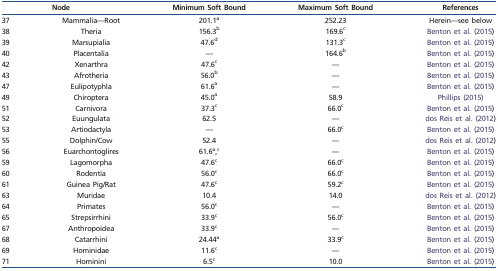
| <COLSPAN=2> Node | Minimum Soft Bound | Maximum Soft Bound | References |
 | --- | --- | --- | --- | --- |
 | 37 | Mammalia—Root | 201.1a | 252.23 | Herein—see below |
 | 38 | Theria | 156.3b | 169.6c | Benton et al. (2015) |
 | 39 | Marsupialia | 47.6d | 131.3c | Benton et al. (2015) |
 | 40 | Placentalia | — | 164.6b | Benton et al. (2015) |
 | 42 | Xenarthra | 47.6c | — | Benton et al. (2015) |
 | 43 | Afrotheria | 56.0b | — | Benton et al. (2015) |
 | 47 | Eulipotyphla | 61.6a | — | Benton et al. (2015) |
 | 49 | Chiroptera | 45.0a | 58.9 | Phillips (2015) |
 | 51 | Carnivora | 37.3c | 66.0c | Benton et al. (2015) |
 | 52 | Euungulata | 62.5 | — | dos Reis et al. (2012) |
 | 53 | Artiodactyla | — | 66.0c | Benton et al. (2015) |
 | 55 | Dolphin/Cow | 52.4 | — | dos Reis et al. (2012) |
 | 56 | Euarchontoglires | 61.6a,c | — | Benton et al. (2015) |
 | 59 | Lagomorpha | 47.6c | 66.0c | Benton et al. (2015) |
 | 60 | Rodentia | 56.0c | 66.0c | Benton et al. (2015) |
 | 61 | Guinea Pig/Rat | 47.6c | 59.2c | Benton et al. (2015) |
 | 63 | Muridae | 10.4 | 14.0 | dos Reis et al. (2012) |
 | 64 | Primates | 56.0c | — | Benton et al. (2015) |
 | 65 | Strepsirrhini | 33.9c | 56.0c | Benton et al. (2015) |
 | 67 | Anthropoidea | 33.9c | — | Benton et al. (2015) |
 | 68 | Catarrhini | 24.44a | 33.9c | Benton et al. (2015) |
 | 69 | Hominidae | 11.6c | — | Benton et al. (2015) |
 | 71 | Hominini | 6.5c | 10.0 | Benton et al. (2015) |